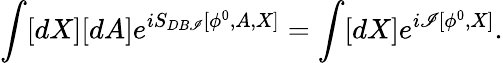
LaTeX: \int[dX][dA]e^{iS_{DB\mathscr{I}}[\phi^{0},A,X]}=\int[dX]e^{i\mathscr{I}[\phi^{0},X]}.